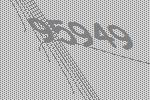
95949